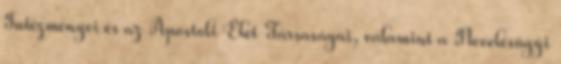
Intézményei és az Apostoli Élet Társaságai, valamint a Nevelésügyi